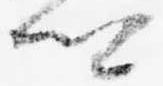
卿